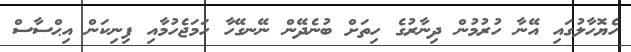
ހެޔޮހާލުގައި އޭނާ ހުރުމުން ދިނާރުގެ ހިތަށް ބުނެދޭން ނޭނގޭހާ ހަމަޖެހުމާއި ފިނިކަން އިޙްސާސް